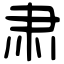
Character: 肃